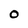
Character: O